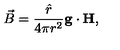
\vec { B } = { \frac { \hat { r } } { 4 \pi r ^ { 2 } } } { \bf g \cdot H } ,